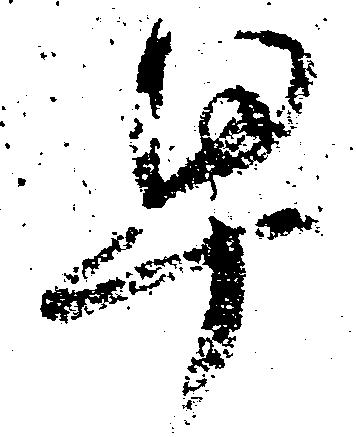
早